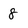
Character: 8